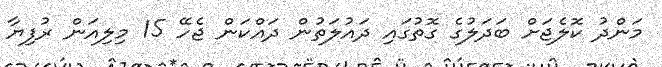
މަންދު ކޮލެޖަށް ބަދަލުގެ ގޮތުގައި ދައުލަތުން ދައްކަން ޖެހޭ 15 މިލިއަން ރުފިޔާ